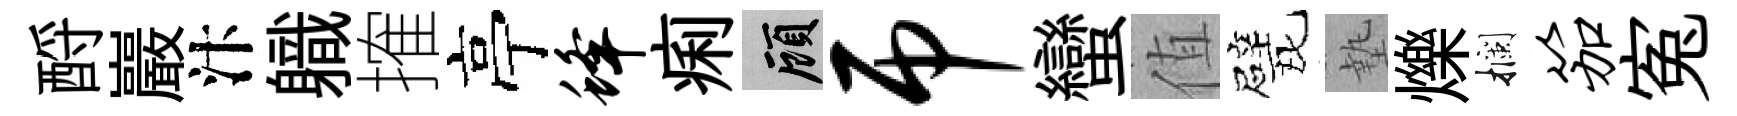
酹巖汴軄搉亭蜂痢顧吊蠻值甓墊爍攔笳寃